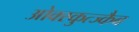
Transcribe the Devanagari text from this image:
ओक्स्कुत्ज्कैब